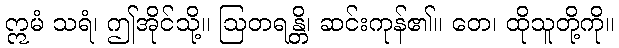
ဣမံ သရံ၊ ဤအိုင်သို့။ ဩတရန္တိ၊ ဆင်းကုန်၏။ တေ၊ ထိုသူတို့ကို။